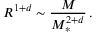
R ^ { 1 + d } \sim \frac { M } { M _ { * } ^ { 2 + d } } \, .